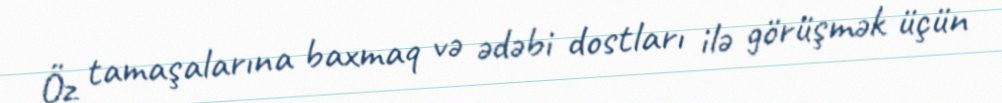
Öz tamaşalarına baxmaq və ədəbi dostları ilə görüşmək üçün